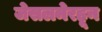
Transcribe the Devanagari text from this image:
जेसलमेरहून